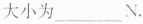
大小为_________N。